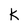
Character: K